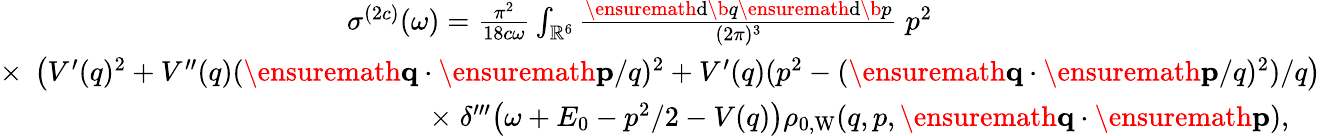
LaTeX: \begin{array}{r}{\sigma^{(2c)}(\omega)=\frac{\pi^{2}}{18c\omega}\int_{\mathbb{R}^{6}}\frac{\ensuremath{\mathrm{d}}\b{q}\ensuremath{\mathrm{d}}\b{p}}{(2\pi)^{3}}\; p^{2}\phantom{xxxxxxxxxxxxxxxxxxxxxxxx}}\\ {\times\; \left(V^{\prime}(q)^{2}+V^{\prime\prime}(q)(\ensuremath{\mathbf{q}}\cdot\ensuremath{\mathbf{p}}/q)^{2}+V^{\prime}(q)(p^{2}-(\ensuremath{\mathbf{q}}\cdot\ensuremath{\mathbf{p}}/q)^{2})/q\right)}\\ {\times\; \delta^{\prime\prime\prime}\! \left(\omega+E_{0}-p^{2}/2-V(q)\right)\rho_{0,\mathrm{W}}(q,p,\ensuremath{\mathbf{q}}\cdot\ensuremath{\mathbf{p}}),\; \; \; \; }\end{array}